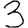
Digit: 3